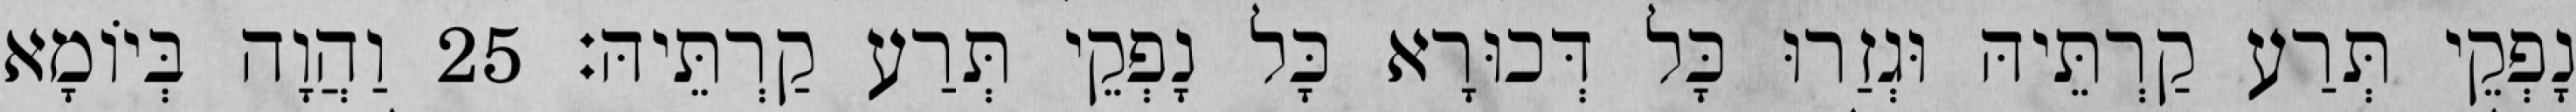
נָפְקֵי תְּרַע קַרְתֵּיהּ וּגְזַרוּ כָּל דְּכוּרָא כָּל נָפְקֵי תְּרַע קַרְתֵּיהּ׃ 25 וַהֲוָה בְּיוֹמָא